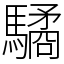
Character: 驈